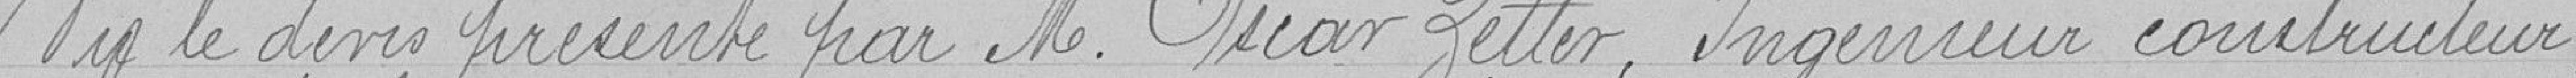
Vu le devis présenté par Monsieur Oscar Zetter, Ingénieur constrcuteur